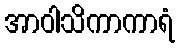
အာဝါသိကာကာရံ